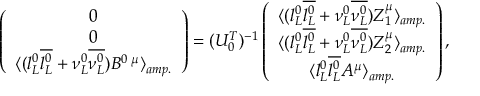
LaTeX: \left( \begin{array} { c } { { 0 } } \\ { { 0 } } \\ { { \langle ( l _ { L } ^ { 0 } \overline { { { l _ { L } ^ { 0 } } } } + \nu _ { L } ^ { 0 } \overline { { { \nu _ { L } ^ { 0 } } } } ) { B } ^ { 0 \; \mu } \rangle _ { a m p . } } } \end{array} \right) = ( U _ { 0 } ^ { T } ) ^ { - 1 } \left( \begin{array} { c } { { \langle ( l _ { L } ^ { 0 } \overline { { { l _ { L } ^ { 0 } } } } + \nu _ { L } ^ { 0 } \overline { { { \nu _ { L } ^ { 0 } } } } ) { Z } _ { 1 } ^ { \mu } \rangle _ { a m p . } } } \\ { { \langle ( l _ { L } ^ { 0 } \overline { { { l _ { L } ^ { 0 } } } } + \nu _ { L } ^ { 0 } \overline { { { \nu _ { L } ^ { 0 } } } } ) { Z } _ { 2 } ^ { \mu } \rangle _ { a m p . } } } \\ { { \langle l _ { L } ^ { 0 } \overline { { { l _ { L } ^ { 0 } } } } { A } ^ { \mu } \rangle _ { a m p . } } } \end{array} \right) ,